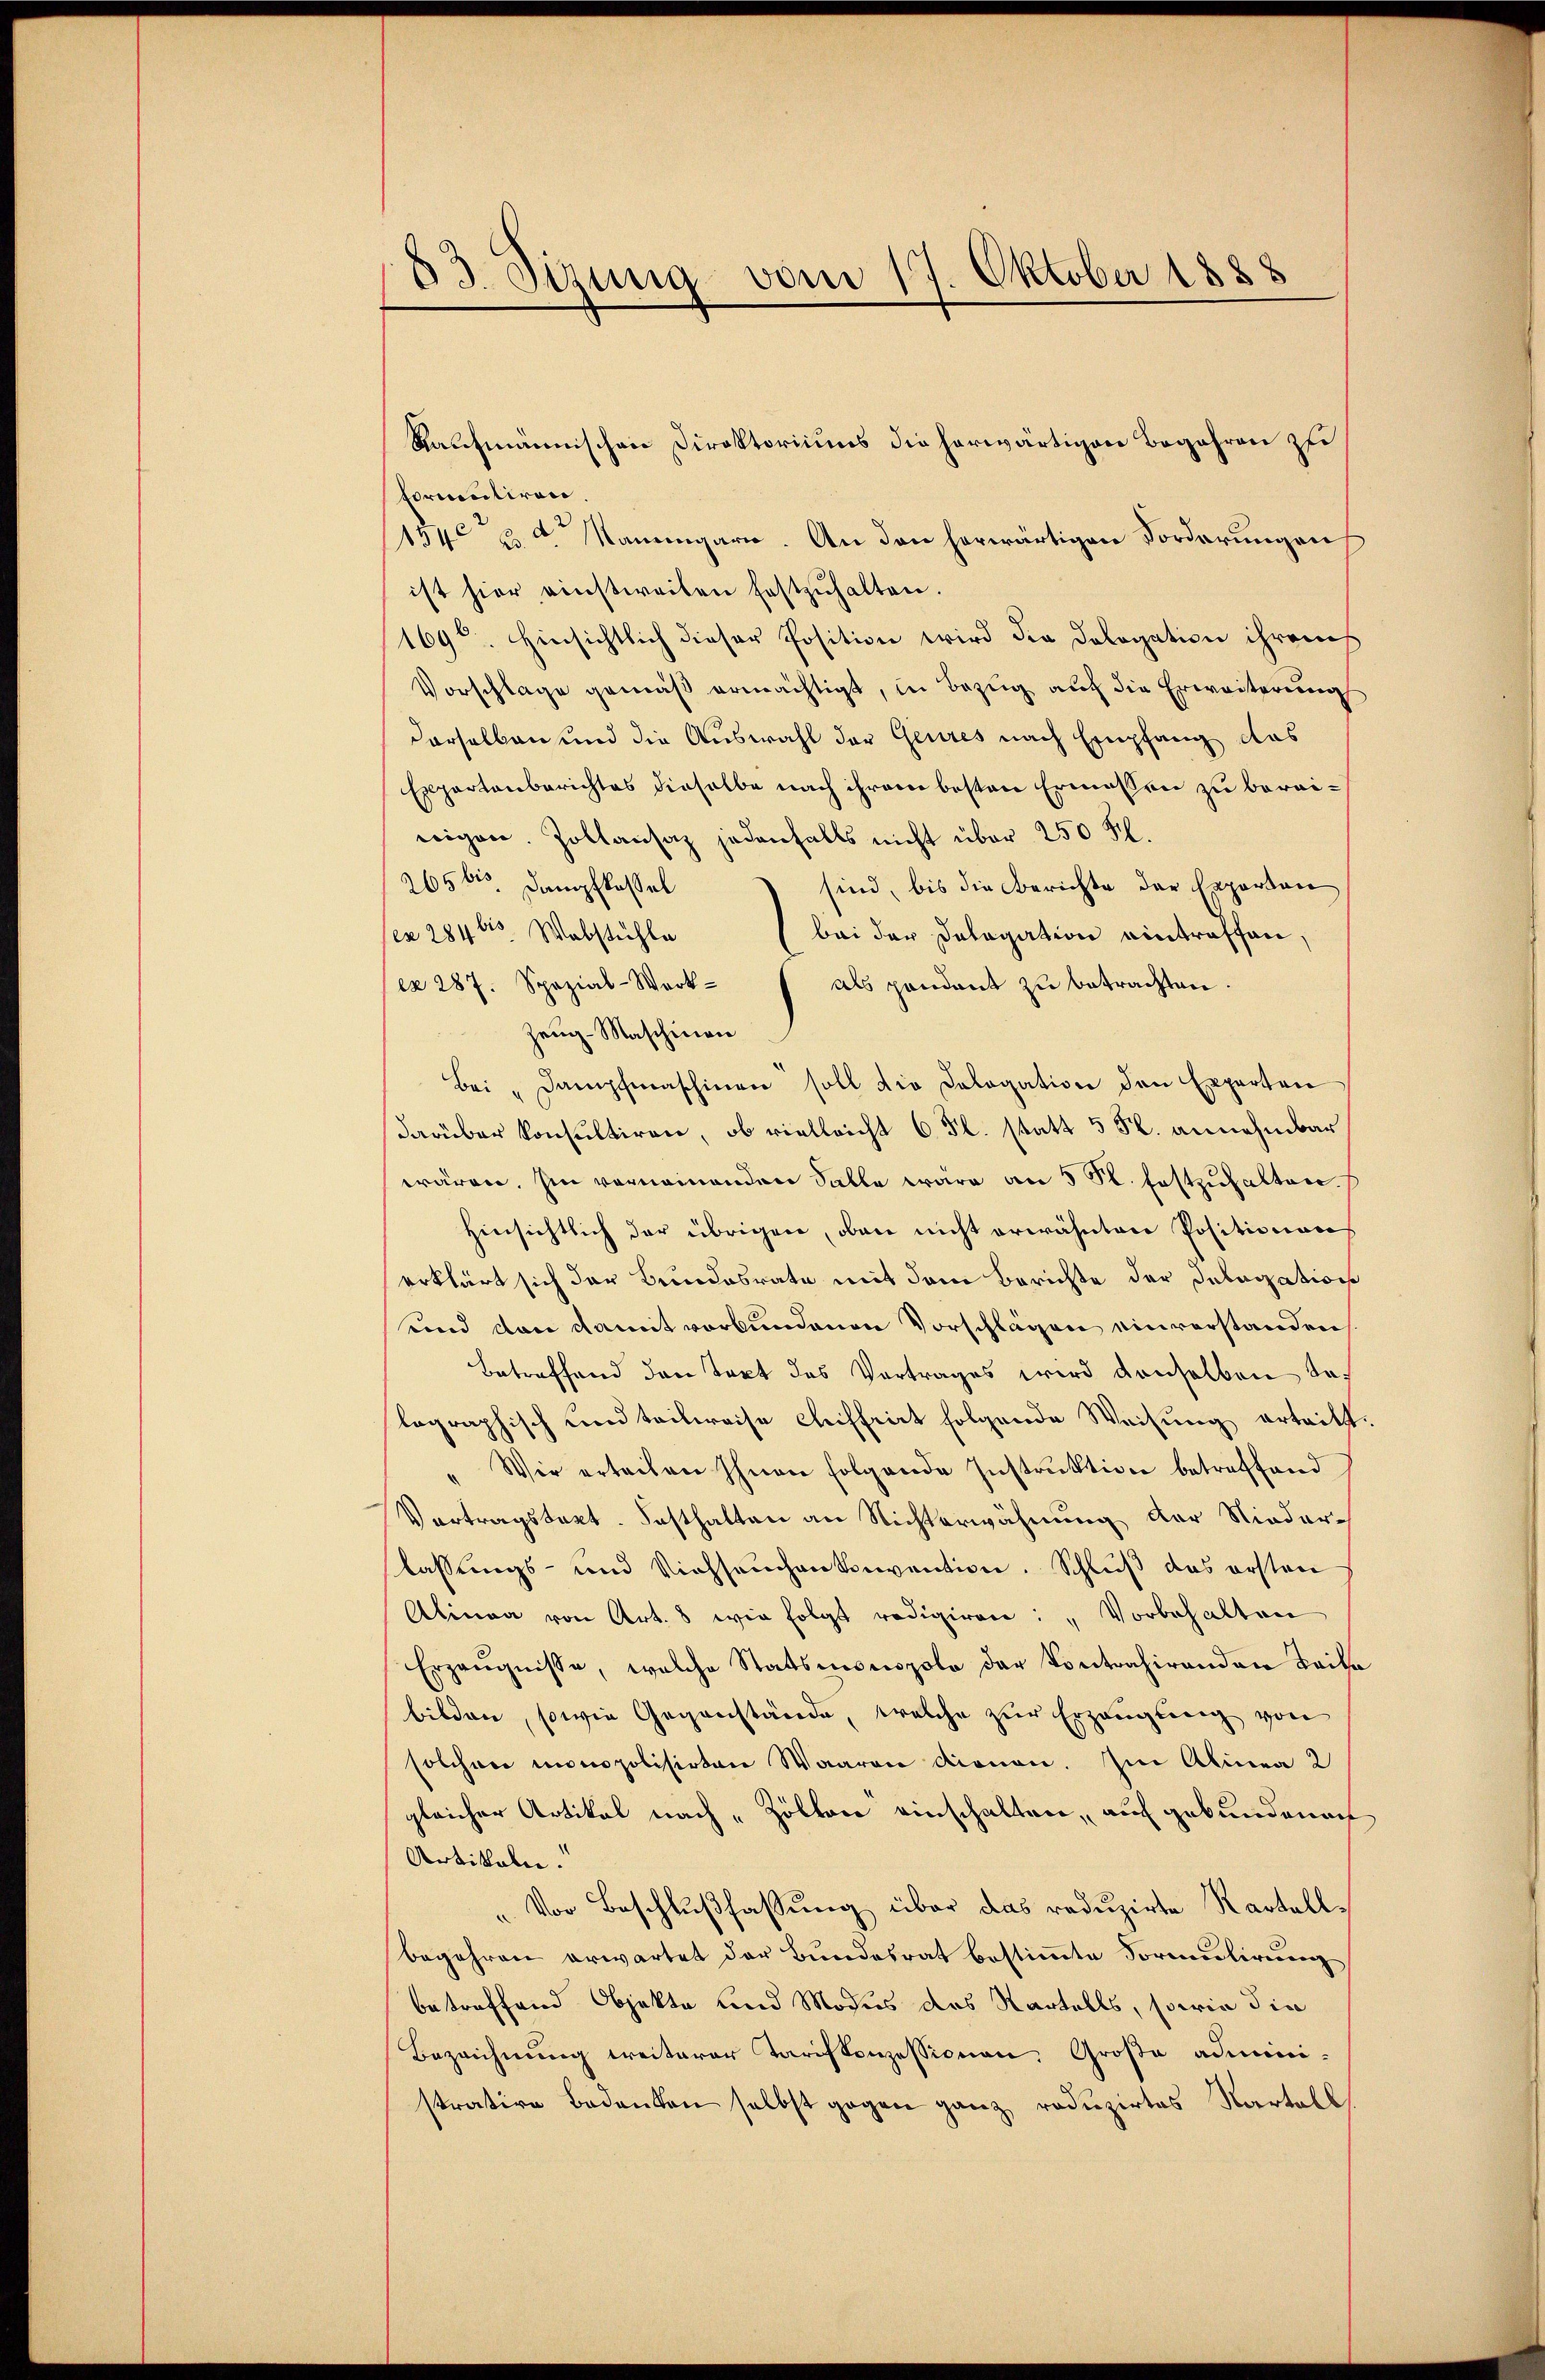
83. Sizung vom 17. Oktober 1888

Raufmännischen Direktoriums die herwärtigen Begehren zu
formuliren.
154 u Namengarn. An den herwärtigen Forderungen
ist hier einstweilen festzŭhalten.
169t. Hinsichtlich dieser Position wird die Dologation ihrem
Vorschlage gemäß ermächtigt, in Bezug auf die Erweiterung
derselben und die Auswahl der Geures nach Empfang das
Expertenberichtes dieselbe nach ihrem besten Ermessen zu bereiweigen. Zollansaz jedenfalls nicht über 250 fl.
265 bis Dampfkassel
sind, bis die Berichte der Experton
ex 284 l Webstühle
bei der Delegation eintreffen,
ex 287. Spezial-Werkals pendant zu betrachten.
Zeŭg-Maschinen
Bei "Dampfmaschinen soll die Cologation den Experten
darüber konsultiren, ob vielleicht 6 Fl. statt 5 Fl. annehmbar
wären. Im vornemenden Falle wäre an 5 S. festzuhalten.
hinsichtlich der übrigen, oben nicht erwähnten Positionen
erklärt sich der Bundesrate mit dem Berichte der Deberation
und von damit verbundenen Vorschlägen einverstanden
Betreffend den Text des Vortrages wird denselben dalographisch und teilweise cleiffrirt folgende Weisung ertritt.
" Wir erteilen Ihnen folgende Instruktion betreffend
Vortragstagt. Festhalten an Nichterwähnung der Nieder-
lassungs- und Viehseuchen konvention. Schluß das ersten
Alinea von Art. 8 wie folgt redigiren: „Vorbehalten
Erzeŭgnisse, welche Statsmonopole der Kontrahirenden Brike
bilden, sowie Gegenstände, welche zur Erzeugung von
solchen monopolisirten Waaren dienen. Im Alinea 2
gleicher Artikel nach „Zöllen einschalten, auf gebundenoch
Artikeln.
„Vor Beschlußfassung über das reduzirte Kartellbegehren erwartet der Bundesrat bestimmte Formaligerung
betreffend Objekte und Modus des Martalls, sowie die
Bezeichnung weiterer Tariskonzessionen Große administrative Bedanken selbst gegen ganz reduzirtes Kartell